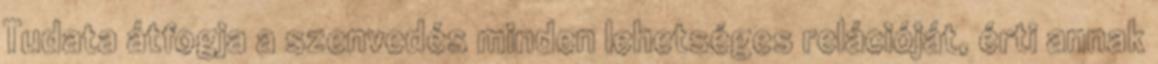
Tudata átfogja a szenvedés minden lehetséges relációját, érti annak